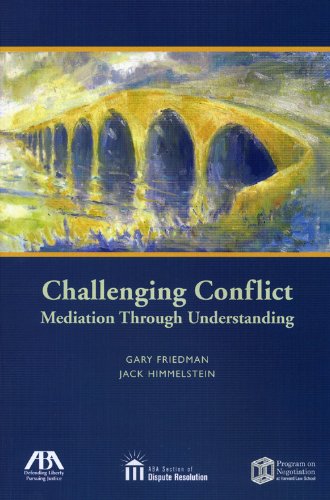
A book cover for Challenging Conflict: Mediation Through Understanding; Gary Friedman; Law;